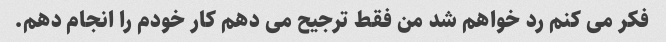
فکر می کنم رد خواهم شد من فقط ترجیح می دهم کار خودم را انجام دهم.